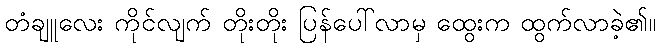
တံချူလေး ကိုင်လျက် တိုးတိုး ပြန်ပေါ်လာမှ ထွေးက ထွက်လာခဲ့၏။